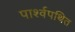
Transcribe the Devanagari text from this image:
पार्श्वपथित